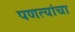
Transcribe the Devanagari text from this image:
पणत्यांचा